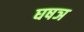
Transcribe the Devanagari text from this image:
घषञ